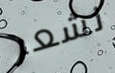
نشعر